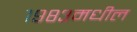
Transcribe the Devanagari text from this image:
१९८३मधील